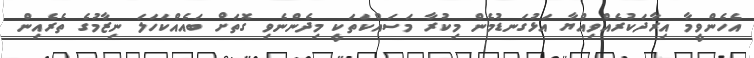
އެހެންވީމާ އިރާދަކުރެއްވިއްޔާ އަޅުގަނޑުމެން މިކުރާ މަސައްކަތަކީ މިދެންނެވި ގޮތަށް ބައެއްކަހަލަ ނިޒާމުގެ ތެރެއިން